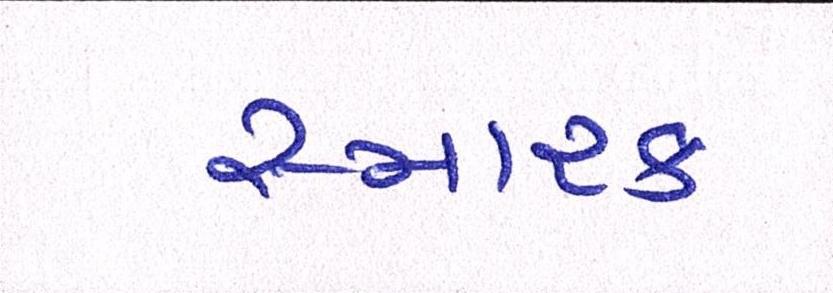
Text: સ્મારક